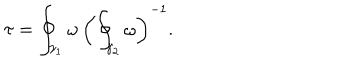
LaTeX: \tau = \oint _ { \gamma _ { 1 } } \omega \, \left( \oint _ { \gamma _ { 2 } } \omega \right) ^ { - 1 } .